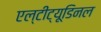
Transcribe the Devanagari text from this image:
एल्‍टीट्यूडिनल